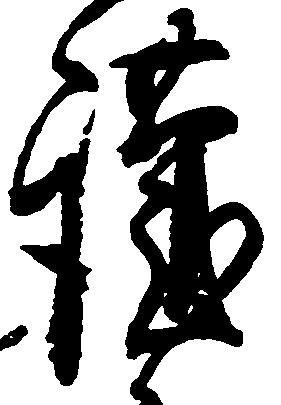
謹